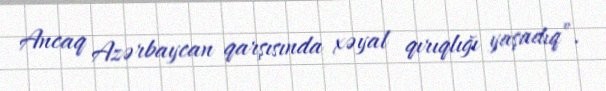
Ancaq Azərbaycan qarşısında xəyal qırıqlığı yaşadıq”.